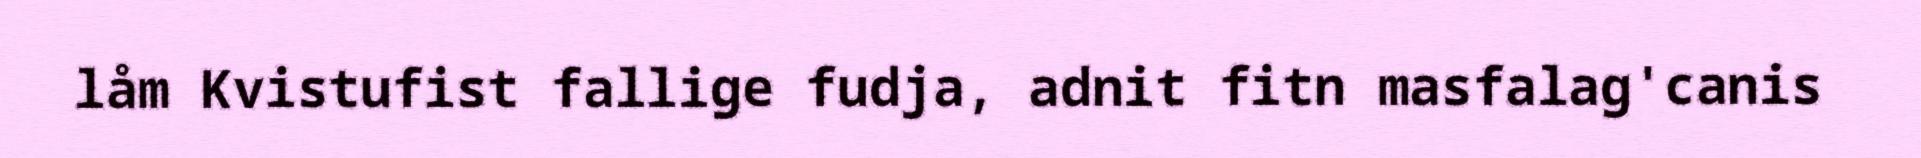
låm Kvistufist fallige fudja, adnit fitn masfalag'canis